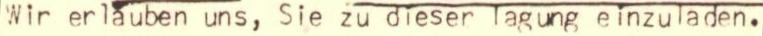
Wir erlauben uns, Sie zu dieser Tagung einzuladen.